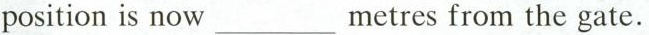
position is now___metres from the gate.